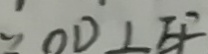
\because O D \bot E F